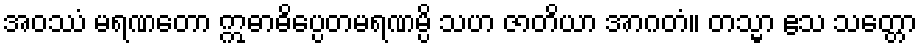
အဝဿံ မရဏတော ဣဓာဓိပ္ပေတမရဏမ္ပိ သဟ ဇာတိယာ အာဂတံ။ တသ္မာ ဧသ သတ္တော